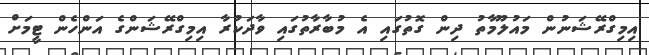
އިމިގްރޭޝަނުން މައުލޫމާތު ދިން ގޮތުގައި އެ މުބާރާތުގައި ވާދަކުރާ އިމިގްރޭޝަންގެ އަންހެން ޓީމަށް